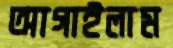
আগাইলাম